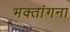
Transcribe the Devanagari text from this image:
भक्तांगना